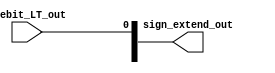
module sign_extend_1_32(
    input wire onebit_LT_out,
    output reg [31:0] sign_extend_out
);

always @(*) sign_extend_out[0] <= onebit_LT_out;

    
endmodule